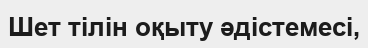
Шет тілін оқыту әдістемесі,